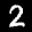
Label: 2